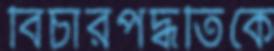
বিচারপদ্ধতিকে